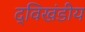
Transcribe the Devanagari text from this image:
द्विखंडीय